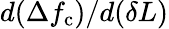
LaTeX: d(\Delta f_{\mathrm{c}})/d(\delta L)